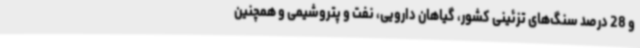
و 28 درصد سنگ‌های تزئینی کشور، گیاهان دارویی، نفت و پتروشیمی و همچنین